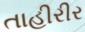
તાહીરીર